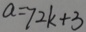
a = 7 2 k + 3